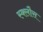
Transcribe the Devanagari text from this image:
स्क्लौस